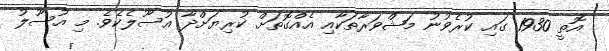
އޮތީ 1930 ގައި ކުރެވުނު މަޝްވަރާތަކާއި އެއްގޮތަށް ކުރިޔަށްދާ އުސޫލެކެވެ. މި އުސޫލު